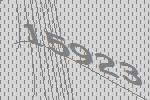
15923